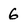
Character: 6